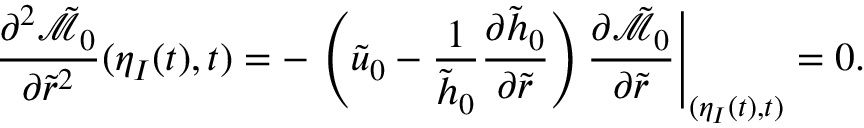
\frac { \partial ^ { 2 } \tilde { \mathcal { M } } _ { 0 } } { \partial \tilde { r } ^ { 2 } } ( \eta _ { I } ( t ) , t ) = - \left. \left( \tilde { u } _ { 0 } - \frac { 1 } { \tilde { h } _ { 0 } } \frac { \partial \tilde { h } _ { 0 } } { \partial \tilde { r } } \right) \frac { \partial \tilde { \mathcal { M } } _ { 0 } } { \partial \tilde { r } } \right| _ { ( \eta _ { I } ( t ) , t ) } = 0 .